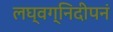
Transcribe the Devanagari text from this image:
लघ्वग्निदीपनं